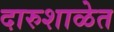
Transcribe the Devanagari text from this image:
दारुशाळेत